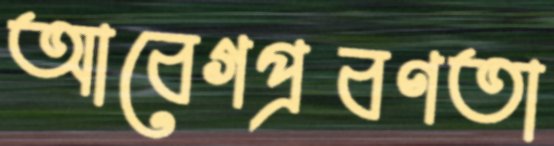
আবেগপ্রবণতা